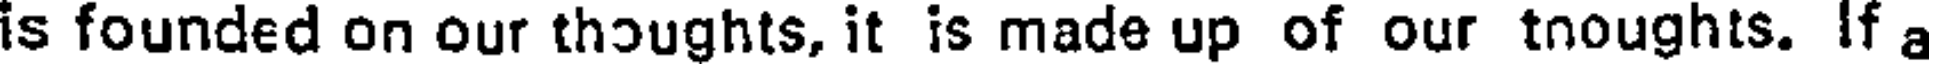
is founded on our thoughts, it is made up of our tnoughts. If a